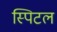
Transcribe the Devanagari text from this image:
स्पिटल